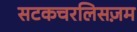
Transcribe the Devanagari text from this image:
सटकचरलिसज़म